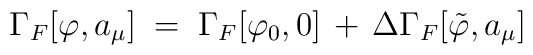
\Gamma_F[\varphi, a_\mu] \;=\; \Gamma_F[\varphi_0, 0]\,+\, \Delta\Gamma_F[{\tilde\varphi}, a_\mu]